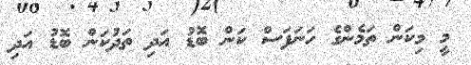
މީ މިކަން ތަމެންގެ ހަނަފަސް ކަން ބޮޑު އަދި ތަދުކަން ބޮޑު އަދި